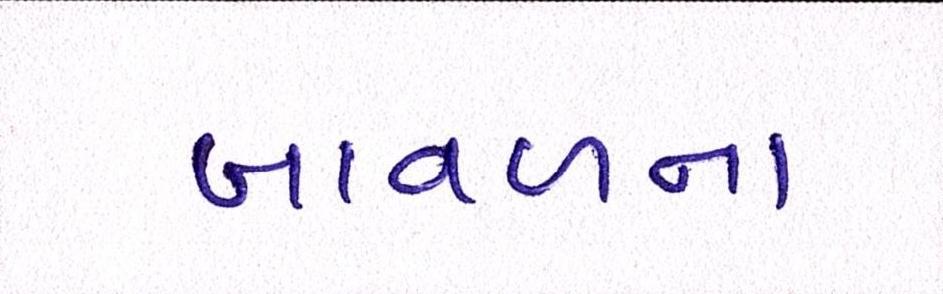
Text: બાવળના